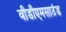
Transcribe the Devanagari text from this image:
वीडीएमसाउंड